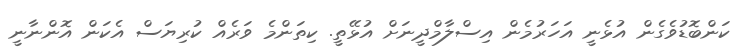
ކަންބޮޑުވެގެން އުޅެނީ އަހަރުމެން އިސްލާމްދީނަށް އުޅޭތީ. ކިތަންމެ ވަރެއް ކުރިޔަސް އެކަން އޮންނާނީ